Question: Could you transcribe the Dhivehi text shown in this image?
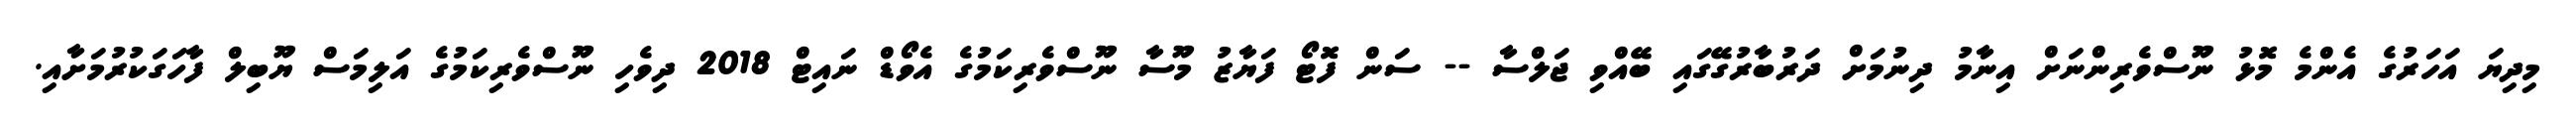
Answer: މިދިޔަ އަހަރުގެ އެންމެ މޮޅު ނޫސްވެރިންނަށް އިނާމު ދިނުމަށް ދަރުބާރުގޭގައި ބޭއްވި ޖަލްސާ -- ސަން ފޮޓޯ ފަޔާޒު މޫސާ ނޫސްވެރިކަމުގެ އެވޯޑް ނައިޓް 2018 ދިވެހި ނޫސްވެރިކަމުގެ އަލިމަސް ޔޫބިލް ފާހަގަކުރުމަށާއި.